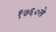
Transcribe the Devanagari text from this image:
१७६०ते